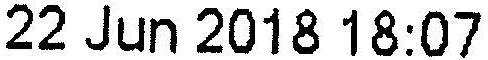
22 JUN 2018 18:07